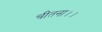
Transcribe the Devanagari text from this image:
चीतना।।